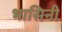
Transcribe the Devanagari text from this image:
भासिनी